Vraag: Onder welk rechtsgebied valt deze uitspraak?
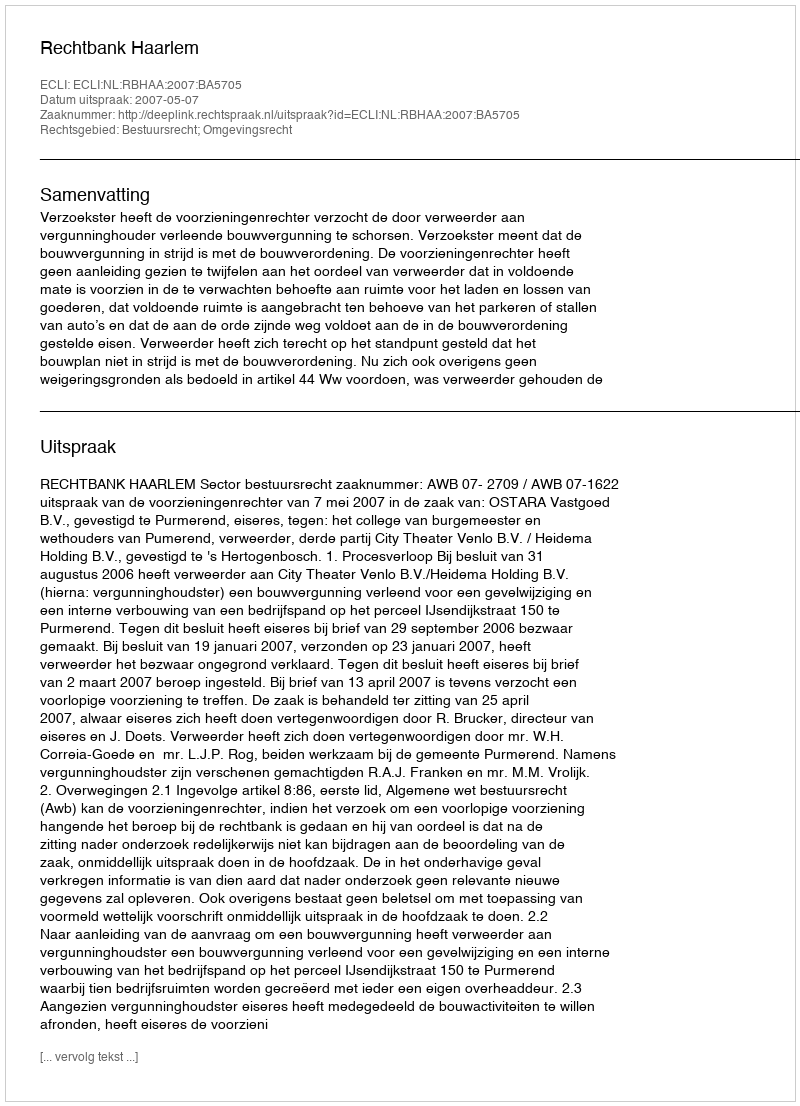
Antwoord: Bestuursrecht; Omgevingsrecht